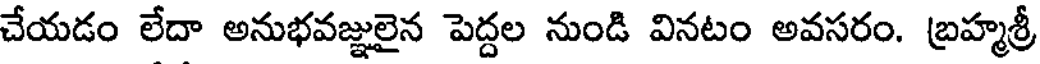
చేయడం లేదా అనుభవజ్ఞులైన పెద్దల నుండి వినటం అవసరం. బ్రహ్మశ్రీ